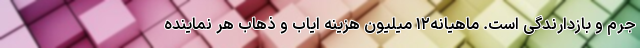
جرم و بازدارندگی است. ماهیانه۱۲ میلیون هزینه ایاب و ذهاب هر نماینده